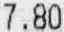
7.80